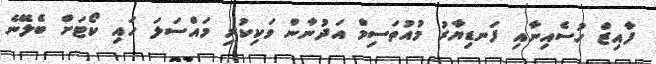
ފާއިޒް ހުސެއިނާއި ފަނޑިޔާރު މުއުތަސިމް އަދުނާން ވަކިކުރި މައްސަލަ ހައި ކޯޓަށް ބެލޭނެ